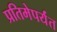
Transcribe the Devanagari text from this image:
प्रतिमेपर्यंत